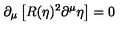
\partial _ { \mu } \left[ R ( \eta ) ^ { 2 } \partial ^ { \mu } \eta \right] = 0